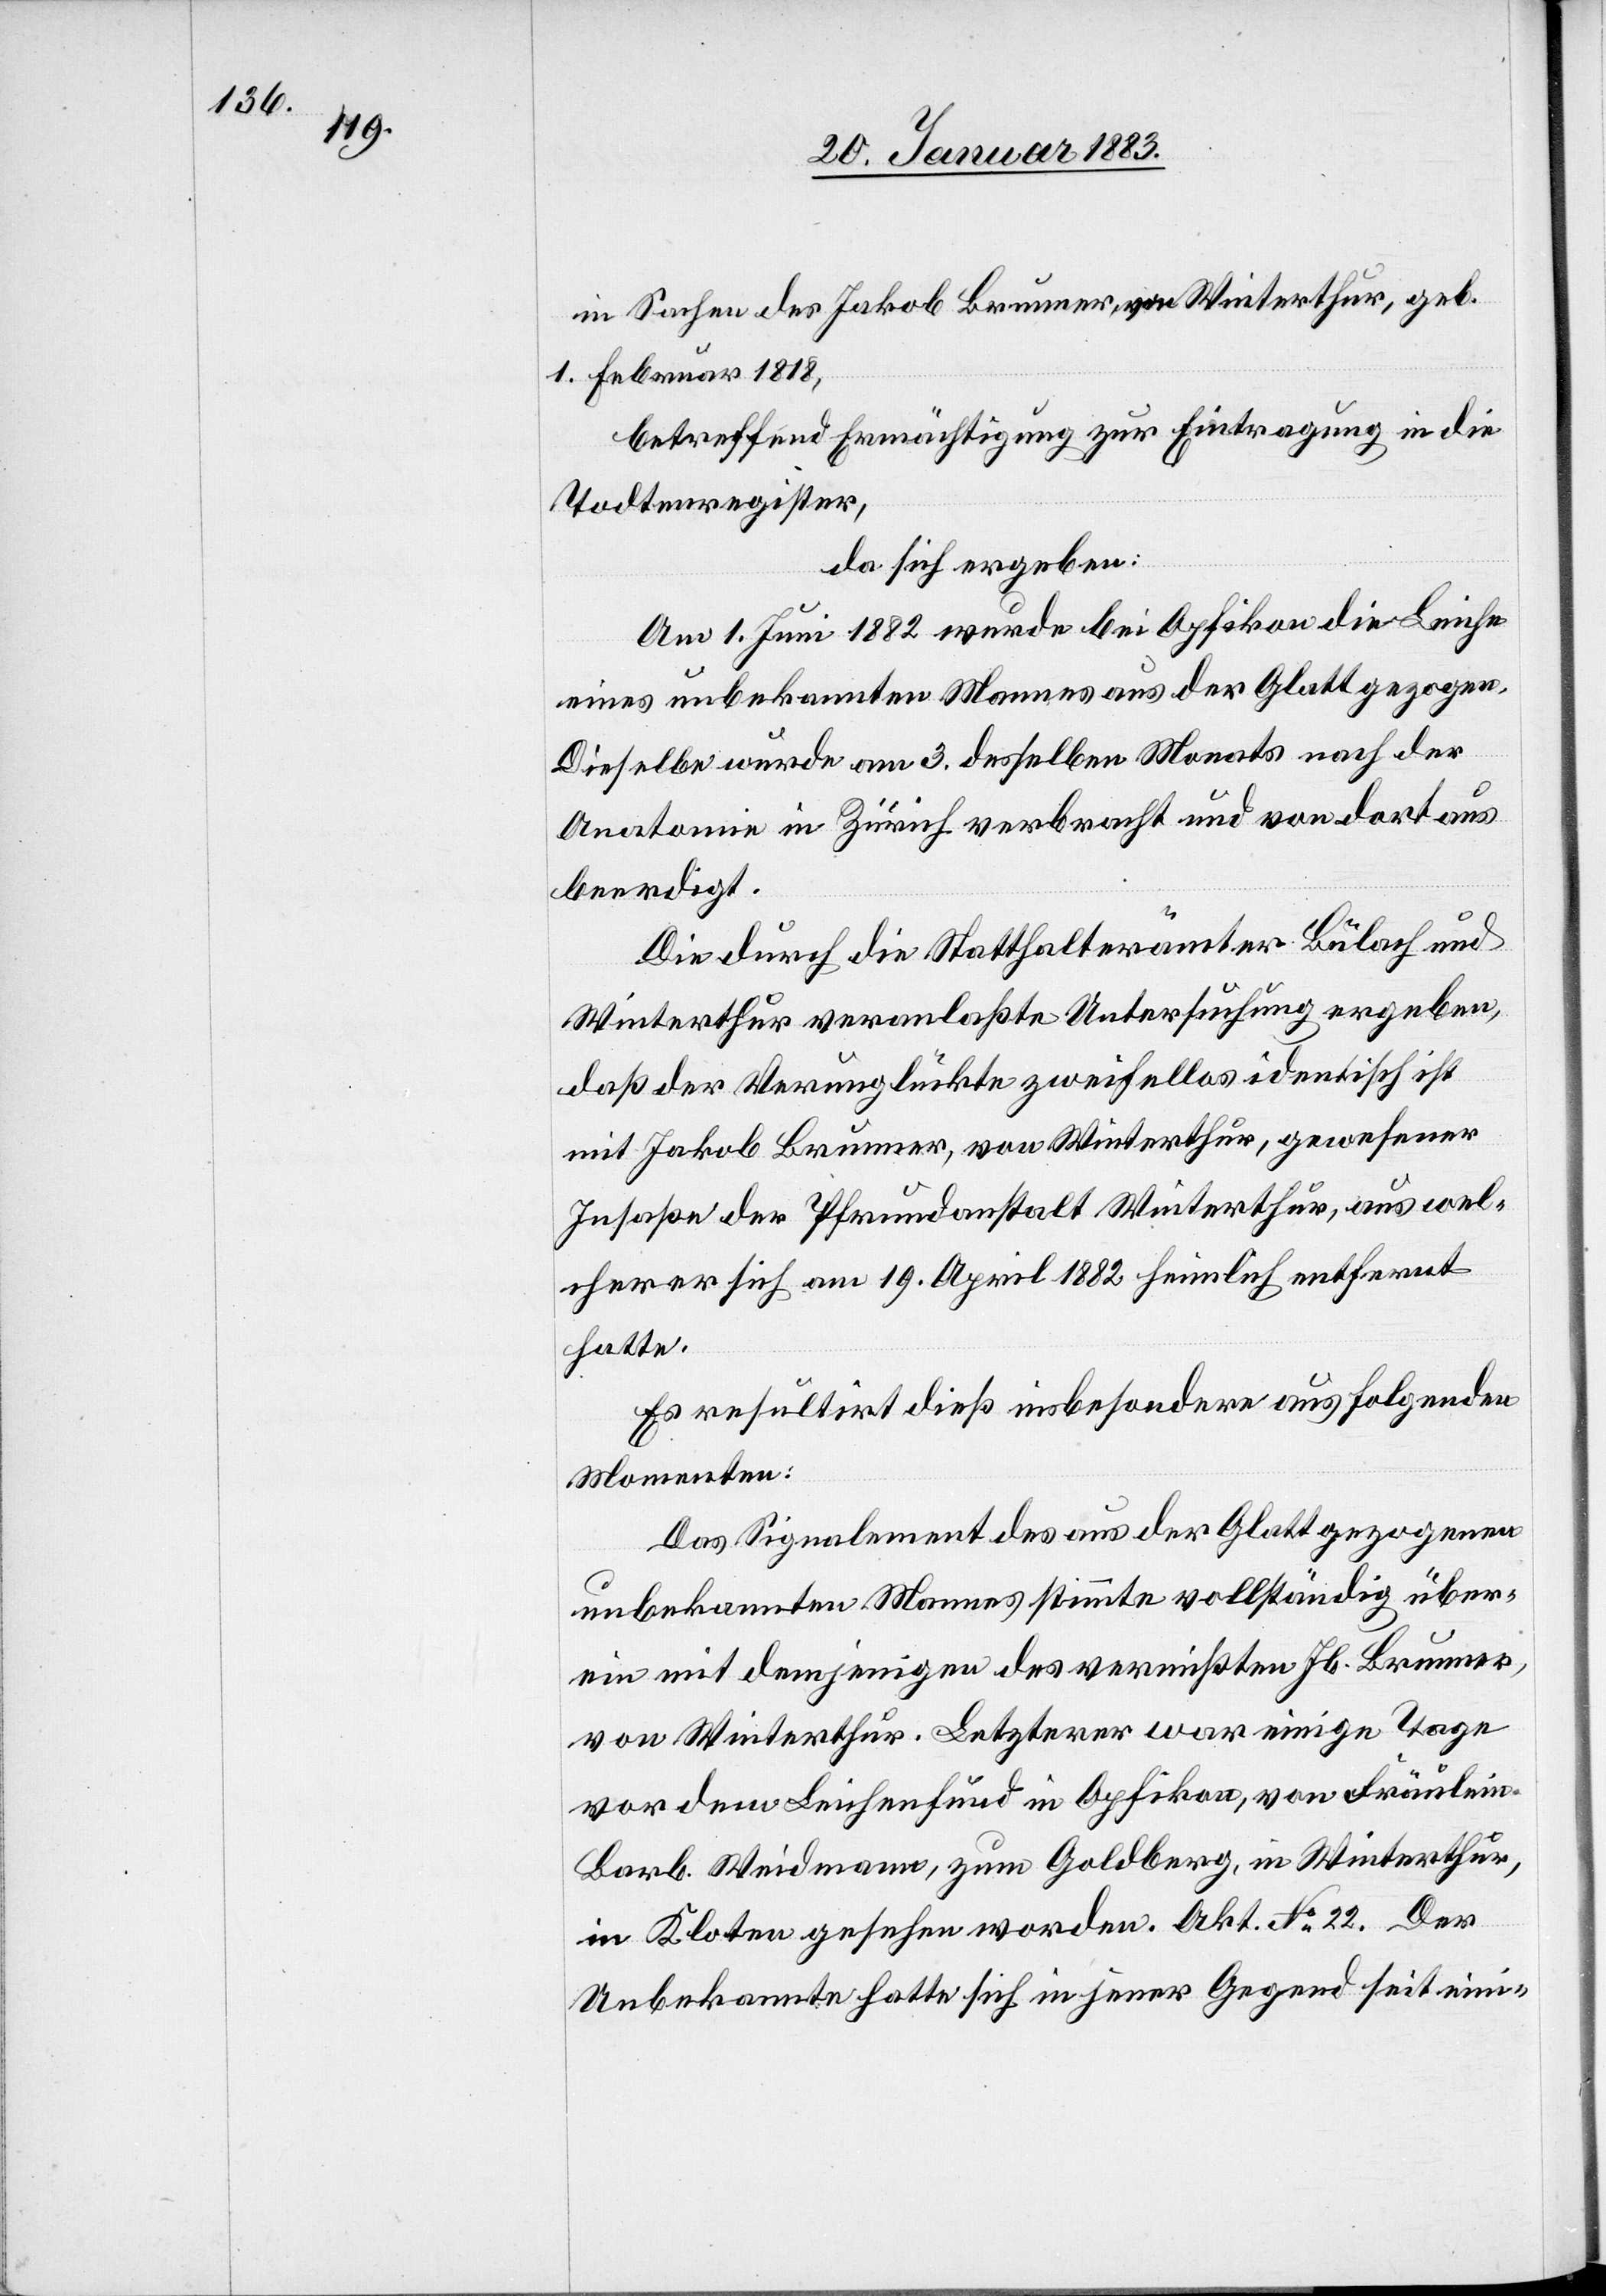
in Sachen des Jakob Brunner, von Winterthur, geb.
1. Februar 1818,
betreffend Ermächtigung zur Eintragung in die
Todtenregister,
da sich ergeben:
Am 1. Juni 1882 wurde bei Opfikon die Leiche
eines unbekannten Mannes aus der Glatt gezogen.
Dieselbe wurde am 3. desselben Monats nach der
Anatomie in Zürich verbracht und von dort aus
beerdigt.
Die durch die Statthalterämter Bülach und
Winterthur veranlaßte Untersuchung ergeben,
daß der Verunglückte zweifellos identisch ist
mit Jakob Brunner, von Winterthur, gewesener
Insaße der Pfrundanstalt Winterthur, aus wel¬
cher er sich am 19. April 1882 heimlich entfernt
hatte.
Es resultiert dieß insbesondere aus folgenden
Momenten:
Das Signalement des aus der Glatt gezogenen
unbekannten Mannes stimmte vollständig über¬
ein mit demjenigen des vermißten Jb. Brunner,
von Winterthur. Letzterer war einige Tage
vor dem Leichenfund in Opfikon, von Fräulein
Weidmann, zum Goldberg, in Winterthur,
in Kloten gesehen worden. Akt. No 22. Der
Unbekannte hatte sich in jener Gegend seit eini-